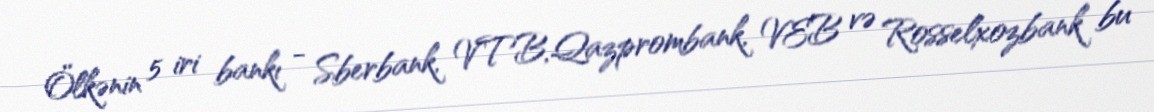
Ölkənin 5 iri bankı - Sberbank, VTB, Qazprombank, VEB və Rosselxozbank bu